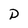
Character: D